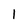
Character: 1